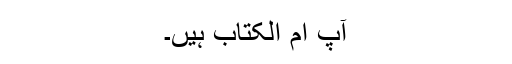
آپؑ ام الکتاب ہیں۔